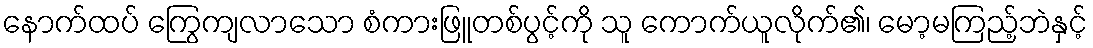
နောက်ထပ် ကြွေကျလာသော စံကားဖြူတစ်ပွင့်ကို သူ ကောက်ယူလိုက်၏၊ မော့မကြည့်ဘဲနှင့်